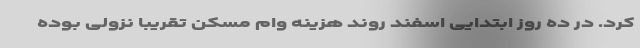
کرد. در ده روز ابتدایی اسفند روند هزینه وام مسکن تقریبا نزولی بوده